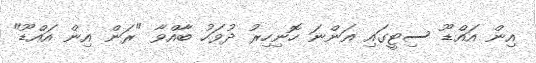
އިން އައްޑޫ ސިޓީގައި އަންނަ ހޮނިހިރު ދުވަހު ބާއްވާ "ރަން އިން އައްޑޫ"